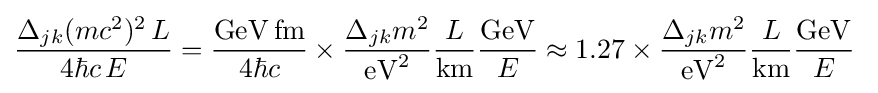
{\frac {\Delta _{jk}(mc^{2})^{2}\,L}{4\hbar c\,E}}={\frac {{\rm {GeV}}\,{\rm {fm}}}{4\hbar c}}\times {\frac {\Delta _{jk}m^{2}}{{\rm {eV}}^{2}}}{\frac {L}{\rm {km}}}{\frac {\rm {GeV}}{E}}\approx 1.27\times {\frac {\Delta _{jk}m^{2}}{{\rm {eV}}^{2}}}{\frac {L}{\rm {km}}}{\frac {\rm {GeV}}{E}}~